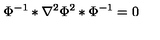
\Phi ^ { - 1 } * \nabla ^ { 2 } \Phi ^ { 2 } * \Phi ^ { - 1 } = 0